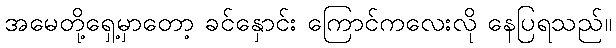
အမေတို့ရှေ့မှာတော့ ခင်နှောင်း ကြောင်ကလေးလို နေပြရသည်။